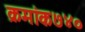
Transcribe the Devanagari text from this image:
क्रमांक७४०